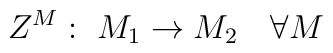
Z^M : \ M_1 \rightarrow M_2 \ \ \ \forall M